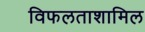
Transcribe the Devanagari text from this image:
विफलताशामिल